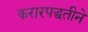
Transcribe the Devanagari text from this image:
करारपद्धतीने